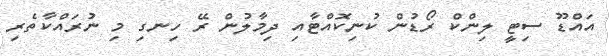
އައްޑޫ ސިޓީ ލިންކް ރޯޑުން ކުނިކޮއްޓާއި ދިމާލުން ރޭ ހިނގި މި ނުރައްކާތެރި